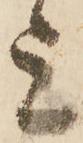
上